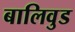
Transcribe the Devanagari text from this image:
बालिवुड